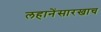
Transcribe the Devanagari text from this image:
लहानेंसारखाच